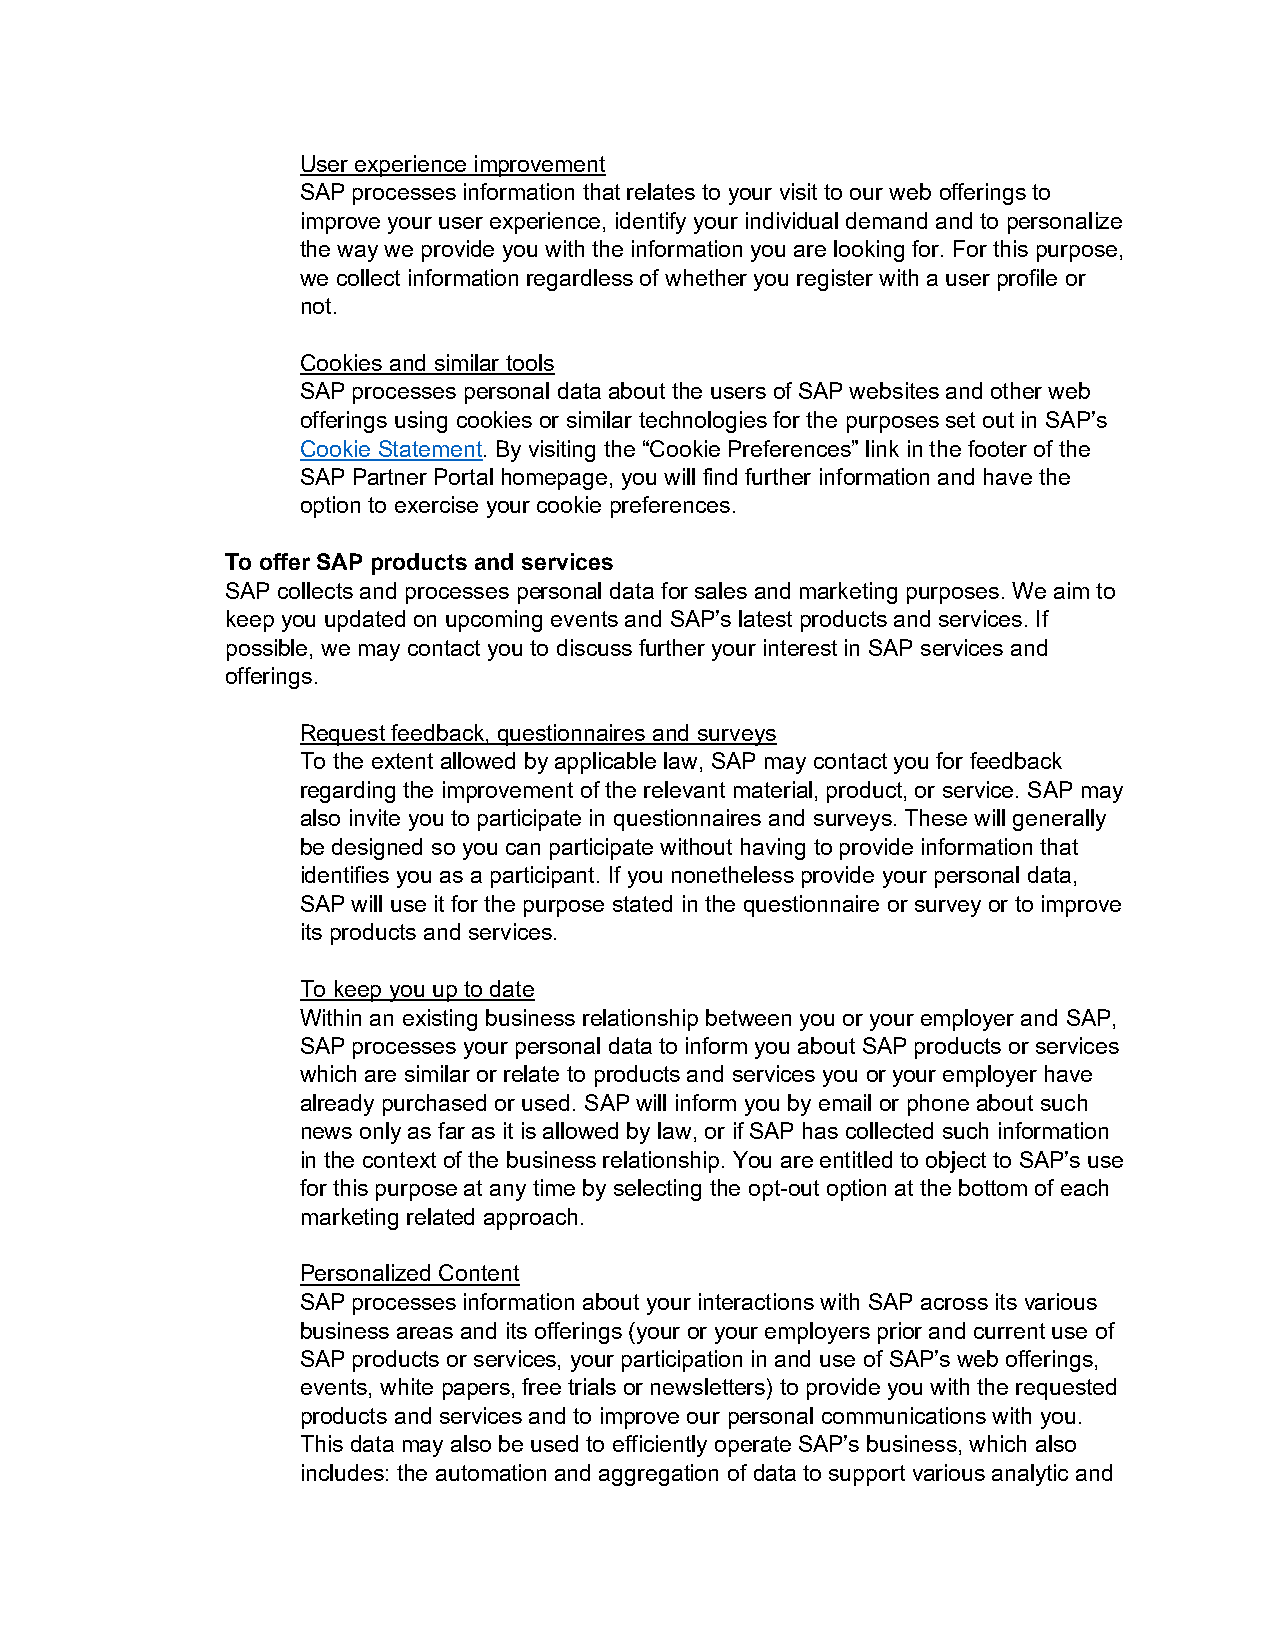
User experience improvement
 SAP processes information that relates to your visit to our web offerings to
 improve your user experience, identify your individual demand and to personalize
 the way we provide you with the information you are looking for. For this purpose,
 we collect information regardless of whether you register with a user profile or
 not.
 Cookies and similar tools
 SAP processes personal data about the users of SAP websites and other web
 offerings using cookies or similar technologies for the purposes set out in SAP’s
 Cookie Statement. By visiting the “Cookie Preferences” link in the footer of the
 SAP Partner Portal homepage, you will find further information and have the
 option to exercise your cookie preferences.
 To offer SAP products and services
 SAP collects and processes personal data for sales and marketing purposes. We aim to
 keep you updated on upcoming events and SAP’s latest products and services. If
 possible, we may contact you to discuss further your interest in SAP services and
 offerings.
 Request feedback, questionnaires and surveys
 To the extent allowed by applicable law, SAP may contact you for feedback
 regarding the improvement of the relevant material, product, or service. SAP may
 also invite you to participate in questionnaires and surveys. These will generally
 be designed so you can participate without having to provide information that
 identifies you as a participant. If you nonetheless provide your personal data,
 SAP will use it for the purpose stated in the questionnaire or survey or to improve
 its products and services.
 To keep you up to date
 Within an existing business relationship between you or your employer and SAP,
 SAP processes your personal data to inform you about SAP products or services
 which are similar or relate to products and services you or your employer have
 already purchased or used. SAP will inform you by email or phone about such
 news only as far as it is allowed by law, or if SAP has collected such information
 in the context of the business relationship. You are entitled to object to SAP’s use
 for this purpose at any time by selecting the opt-out option at the bottom of each
 marketing related approach.
 Personalized Content
 SAP processes information about your interactions with SAP across its various
 business areas and its offerings (your or your employers prior and current use of
 SAP products or services, your participation in and use of SAP’s web offerings,
 events, white papers, free trials or newsletters) to provide you with the requested
 products and services and to improve our personal communications with you.
 This data may also be used to efficiently operate SAP’s business, which also
 includes: the automation and aggregation of data to support various analytic and